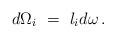
LaTeX: \begin{align*}d\Omega_i\ =\ l_id\omega\,.\end{align*}